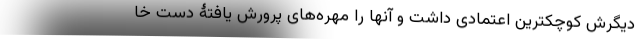
دیگرش کوچکترین اعتمادی داشت و آنها را مهره‌های پرورش یافتۀ دست خا